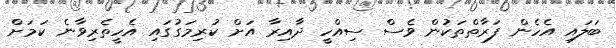
ބަލައި އެހެން ފަރާތްތަކުން ވެސް ސިއްހީ ދާއިރާ އަށް ކުރިމަގުގައި އެހީތެރިވާނެ ކަމަށް